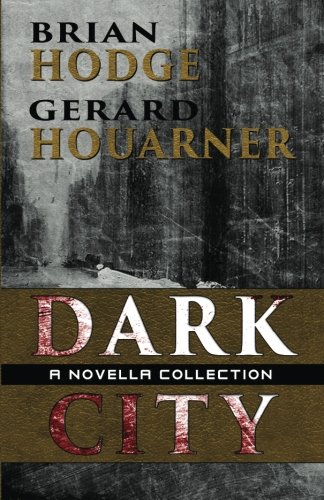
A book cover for Dark City: A Novella Collectiion; Brian Hodge; Romance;